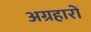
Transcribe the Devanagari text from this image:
अग्रहारों